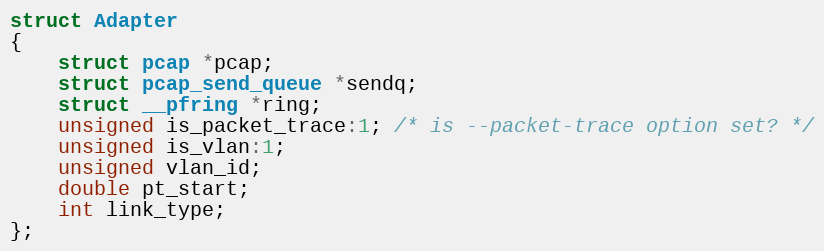
Language: C
struct Adapter
{
    struct pcap *pcap;
    struct pcap_send_queue *sendq;
    struct __pfring *ring;
    unsigned is_packet_trace:1; /* is --packet-trace option set? */
    unsigned is_vlan:1;
    unsigned vlan_id;
    double pt_start;
    int link_type;
};